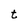
Character: t